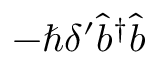
- \hbar \delta ^ { \prime } \hat { b } ^ { \dagger } \hat { b }